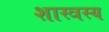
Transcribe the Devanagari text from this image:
शास्त्रस्य